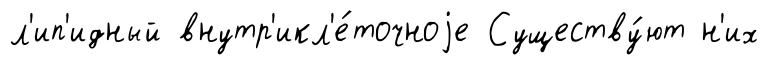
л'ип'идный внутр'икл'е́точноjе Существу́ют н'их